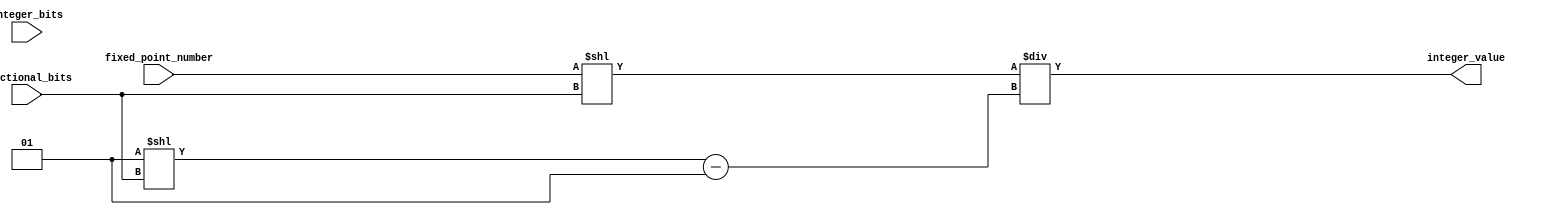
module fixed_point_converter (
    input [31:0] fixed_point_number, // input fixed-point number
    input integer_bits, // number of integer bits
    input fractional_bits, // number of fractional bits
    output reg [31:0] integer_value // output integer value
);

reg [31:0] multiplied_value;
reg [31:0] divisor;

always @(*) begin
    multiplied_value = fixed_point_number << fractional_bits;
    divisor = (1 << fractional_bits) - 1; // calculate divisor
end

always @(*) begin
    integer_value = multiplied_value / divisor; // perform division operation
end

endmodule